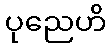
ပုညေဟိ